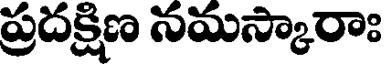
ప్రదక్షిణ నమస్కారాః